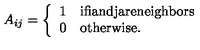
A _ { i j } = \left\{ \begin{array} { l l } { 1 } & { \mathrm { i f i a n d j a r e n e i g h b o r s } } \\ { 0 } & { \mathrm { o t h e r w i s e } . } \\ \end{array} \right.